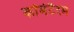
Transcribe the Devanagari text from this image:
कोमेटैरम